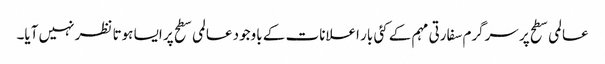
عالمی سطح پر سرگرم سفارتی مہم کے کئی بار اعلانات کے باوجود عالمی سطح پر ایسا ہوتا نظر نہیں آیا۔